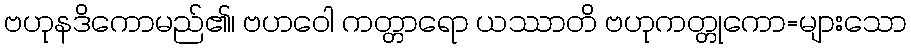
ဗဟုနဒိကောမည်၏၊ ဗဟဝေါ ကတ္တာရော ယဿာတိ ဗဟုကတ္တုကော=များသော